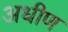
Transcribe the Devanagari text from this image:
अधीण